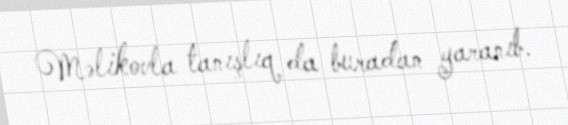
Məlikovla tanışlıq da buradan yaranıb.